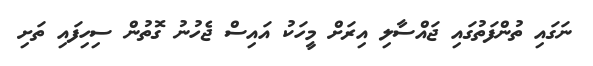
ނަގައި ތުންފަތުގައި ޖައްސާލި އިރަށް މީހަކު އައިސް ޖެހުނު ގޮތުން ސިހިފައި ތަށި